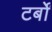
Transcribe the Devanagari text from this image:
टर्बों